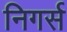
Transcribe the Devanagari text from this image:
निगर्स